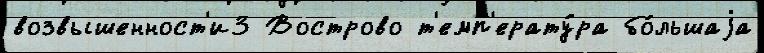
возвышенност'и3 Вострово т'емп'ерату́ра бо́льшаjа